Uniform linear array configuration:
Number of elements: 16
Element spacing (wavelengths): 0.25
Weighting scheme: uniform
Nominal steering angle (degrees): -15
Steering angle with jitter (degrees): -14.348
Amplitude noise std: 0.05
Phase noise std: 0.05

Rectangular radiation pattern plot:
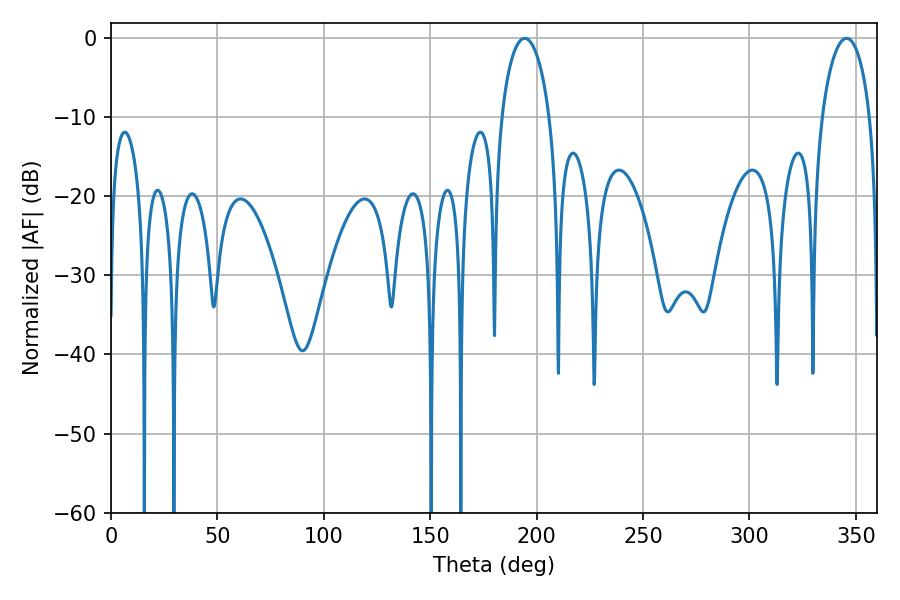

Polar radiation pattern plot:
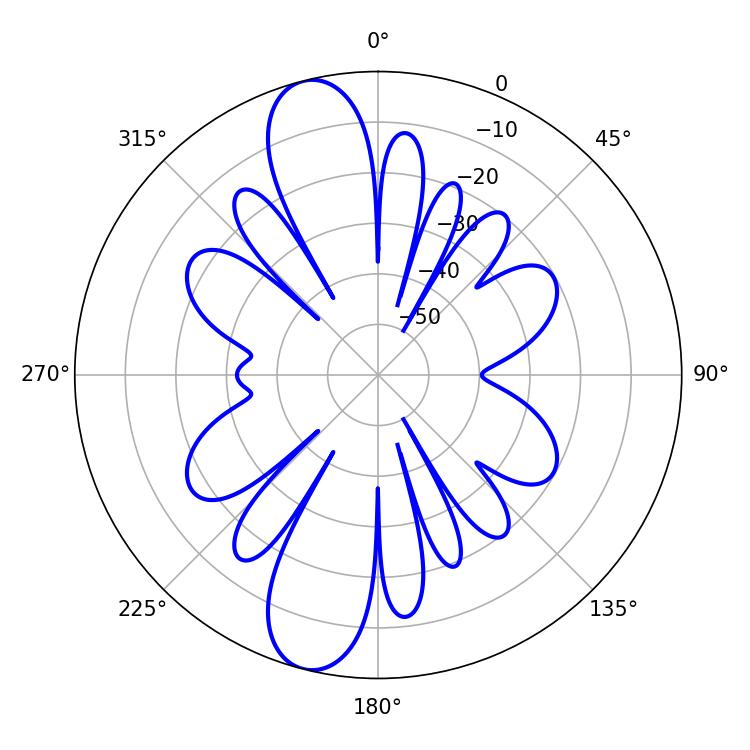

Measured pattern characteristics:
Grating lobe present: FALSE
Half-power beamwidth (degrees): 12.96
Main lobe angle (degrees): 194.4